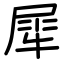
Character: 犀